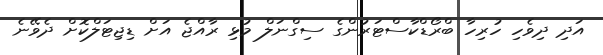
އަދި ދިވެހި ހުރިހާ ބްރޯޑްކާސްޓަރުންގެ ސިގްނަލް މުޅި ރާއްޖެ އަށް ޑިޖިޓަލްކޮށް ދެވޭނެ